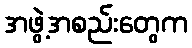
အဖွဲ့အစည်းတွေက